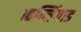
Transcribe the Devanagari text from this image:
कप्लिंगाड